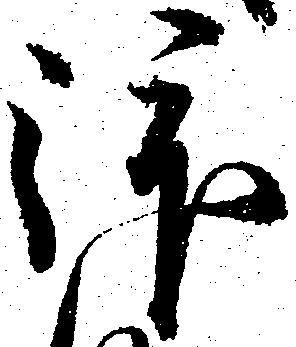
拝